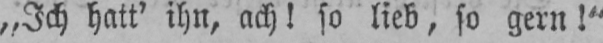
„Ich hatt’ ihn, ach! so lieb, so gern!“